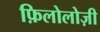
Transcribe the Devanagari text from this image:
फ़िलोलोज़ी